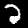
Digit: 2